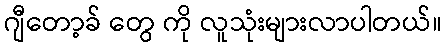
ဂျီတော့ခ် တွေ ကို လူသုံးများလာပါတယ်။